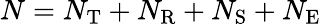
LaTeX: N=N_{\mathrm{T}}+N_{\mathrm{R}}+N_{\mathrm{S}}+N_{\mathrm{E}}